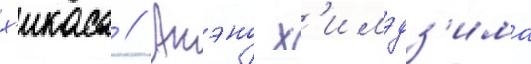
х'икаса // Акэно х'имэдз'има